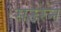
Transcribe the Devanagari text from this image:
सउरन